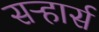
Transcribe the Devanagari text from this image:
सऱ्हार्स